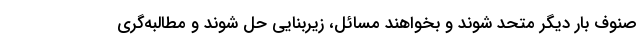
صنوف بار دیگر متحد شوند و بخواهند مسائل، زیربنایی حل شوند و مطالبه‌گری